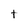
Character: t